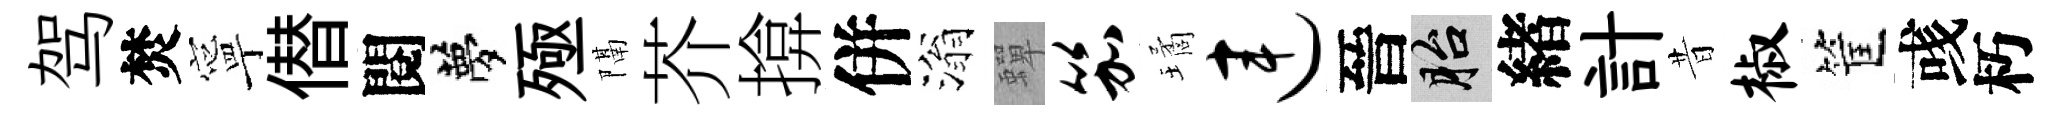
驾焚寧僣閱夢殛隔芥揜併滃蟬笳璚连晉胎緖計昔椒筐彧朽